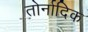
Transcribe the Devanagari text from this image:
तोर्नादिक